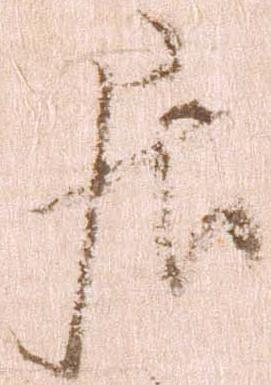
居